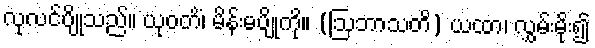
လုလင်ပျိုသည်။ ယုဝတိံ၊ မိန်းမပျိုကို။ (ဩဘာသတိ) ယထာ၊ လွှမ်းမိုး၍